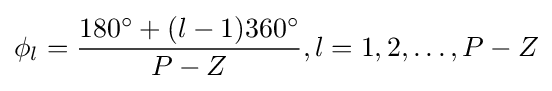
\phi _{l}={\frac {180^{\circ }+(l-1)360^{\circ }}{P-Z}},l=1,2,\ldots ,P-Z